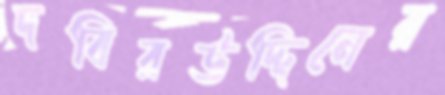
দবিরউদ্দিনের